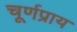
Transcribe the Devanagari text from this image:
चूर्णप्राय